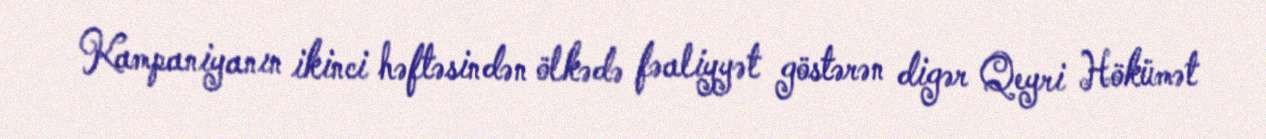
Kampaniyanın ikinci həftəsindən ölkədə fəaliyyət göstərən digər Qeyri Hökümət